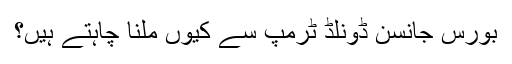
بورس جانسن ڈونلڈ ٹرمپ سے کیوں ملنا چاہتے ہیں؟